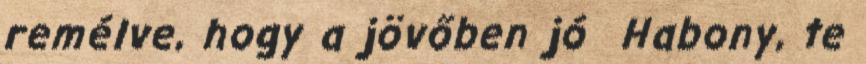
remélve, hogy a jövőben jó Habony, te